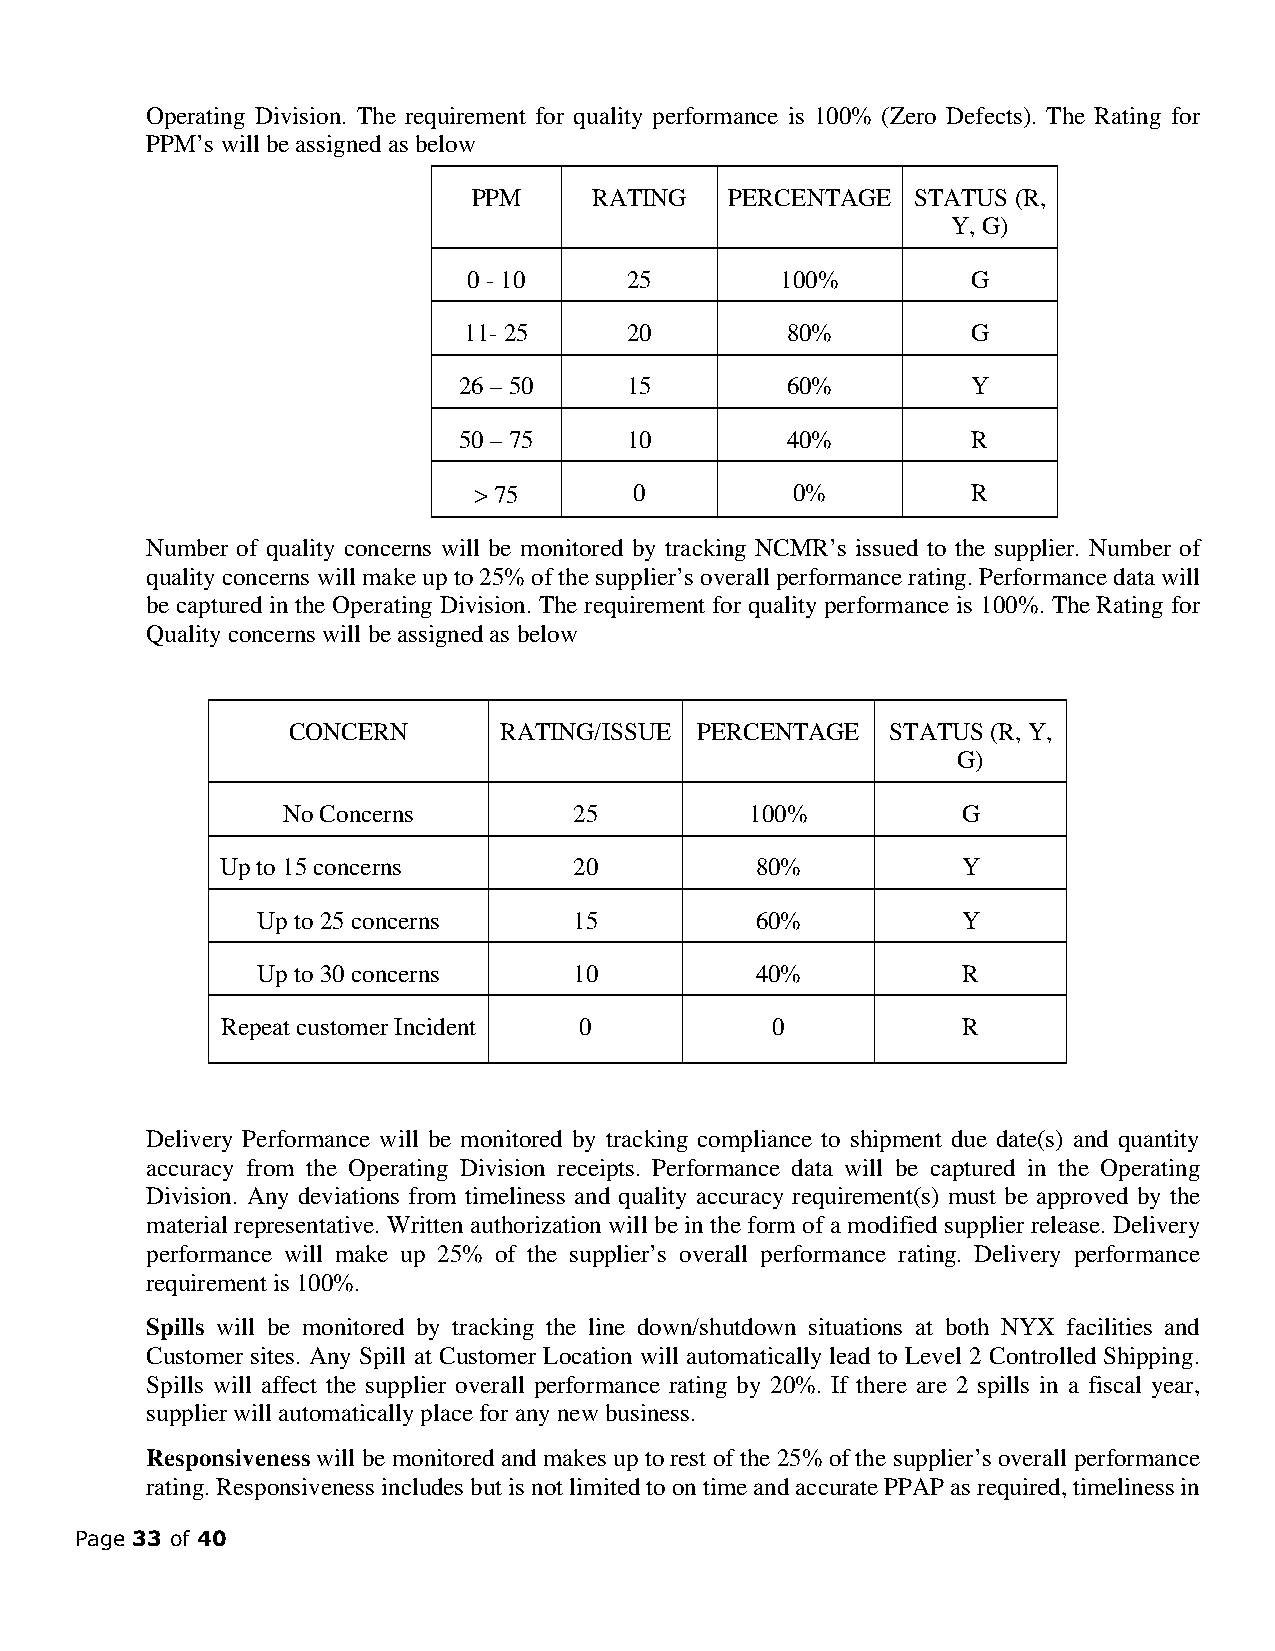
Operating Division. The requirement for quality performance is 100% (Zero Defects). The Rating for
 PPM’s will be assigned as below
 PPM     RATING   PERCENTAGE   STATUS (R,
 Y, G)
 0 - 10     25        100%        G
 11- 25     20        80%         G
 26 – 50     15        60%         Y
 50 – 75     10        40%         R
 > 75       0          0%         R
 Number of quality concerns will be monitored by tracking NCMR’s issued to the supplier. Number of
 quality concerns will make up to 25% of the supplier’s overall performance rating. Performance data will
 be captured in the Operating Division. The requirement for quality performance is 100%. The Rating for
 Quality concerns will be assigned as below
 CONCERN       RATING/ISSUE PERCENTAGE   STATUS (R, Y,
 G)
 No Concerns        25          100%          G
 Up to 15 concerns      20          80%           Y
 Up to 25 concerns    15          60%           Y
 Up to 30 concerns    10          40%           R
 Repeat customer Incident 0          0            R
 Delivery Performance will be monitored by tracking compliance to shipment due date(s) and quantity
 accuracy from the Operating Division receipts. Performance data will be captured in the Operating
 Division. Any deviations from timeliness and quality accuracy requirement(s) must be approved by the
 material representative. Written authorization will be in the form of a modified supplier release. Delivery
 performance will make up 25% of the supplier’s overall performance rating. Delivery performance
 requirement is 100%.
 Spills will be monitored by tracking the line down/shutdown situations at both NYX facilities and
 Customer sites. Any Spill at Customer Location will automatically lead to Level 2 Controlled Shipping.
 Spills will affect the supplier overall performance rating by 20%. If there are 2 spills in a fiscal year,
 supplier will automatically place for any new business.
 Responsiveness will be monitored and makes up to rest of the 25% of the supplier’s overall performance
 rating. Responsiveness includes but is not limited to on time and accurate PPAP as required, timeliness in
 Page 33 of 40